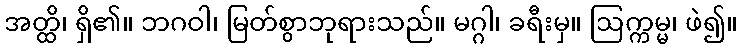
အတ္ထိ၊ ရှိ၏။ ဘဂဝါ၊ မြတ်စွာဘုရားသည်။ မဂ္ဂါ၊ ခရီးမှ။ ဩက္ကမ္မ၊ ဖဲ၍။